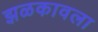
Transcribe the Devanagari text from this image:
झळकावला